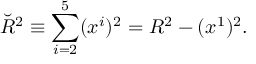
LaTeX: \breve { R } ^ { 2 } \equiv \sum _ { i = 2 } ^ { 5 } ( x ^ { i } ) ^ { 2 } = R ^ { 2 } - ( x ^ { 1 } ) ^ { 2 } .